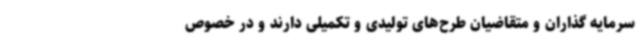
سرمایه گذاران و متقاضیان طرح‌های تولیدی و تکمیلی دارند و در خصوص